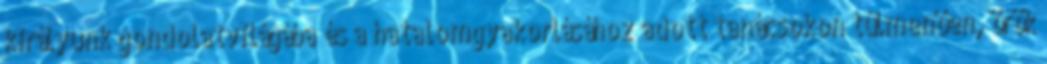
királyunk gondolatvilágába és a hatalomgyakorlásához adott tanácsokon túlmenően, örök